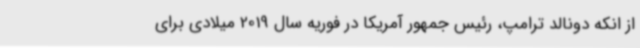
از انکه دونالد ترامپ، رئیس جمهور آمریکا در فوریه سال 2019 میلادی برای